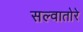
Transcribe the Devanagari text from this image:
सल्वातोरे